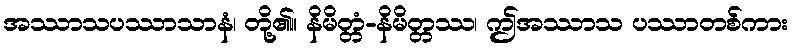
အဿာသပဿာသာနံ၊ တို့၏။ နိမိတ္တံ-နိမိတ္တဿ၊ ဤအဿာသ ပဿာတစ်ကား